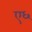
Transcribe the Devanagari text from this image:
ए६